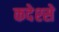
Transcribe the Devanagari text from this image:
कदेश्से